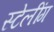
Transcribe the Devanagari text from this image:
स्टेलींग